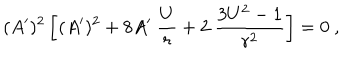
LaTeX: ( A ^ { \prime } ) ^ { 2 } \left[ ( A ^ { \prime } ) ^ { 2 } + 8 A ^ { \prime } ~ { \frac { U } { r } } + 2 ~ { \frac { 3 U ^ { 2 } - 1 } { r ^ { 2 } } } \right] = 0 ~ ,